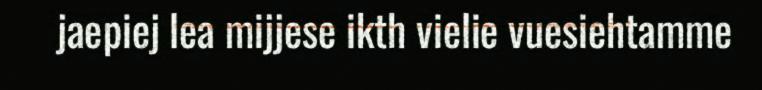
jaepiej lea mijjese ikth vielie vuesiehtamme